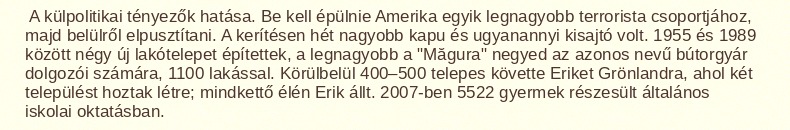
A külpolitikai tényezők hatása. Be kell épülnie Amerika egyik legnagyobb terrorista csoportjához, majd belülről elpusztítani. A kerítésen hét nagyobb kapu és ugyanannyi kisajtó volt. 1955 és 1989 között négy új lakótelepet építettek, a legnagyobb a "Măgura" negyed az azonos nevű bútorgyár dolgozói számára, 1100 lakással. Körülbelül 400–500 telepes követte Eriket Grönlandra, ahol két települést hoztak létre; mindkettő élén Erik állt. 2007-ben 5522 gyermek részesült általános iskolai oktatásban.